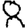
Digit: 8